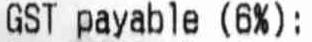
GST PAYABLE (6%):